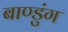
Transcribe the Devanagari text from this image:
बाण्डुंग